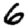
Digit: 6